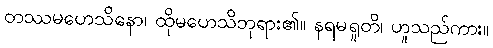
တဿမဟေသိနော၊ ထိုမဟေသိဘုရား၏။ နရမရူတိ၊ ဟူသည်ကား။